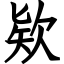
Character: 欵